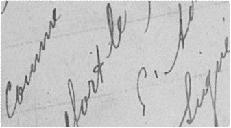
comme ouverture du crédit Belfort le 9 novembre 1899, l'Administrateur, signé Fleury